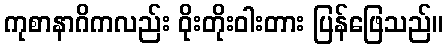
ကုစာနာဂိကလည်း ဝိုးတိုးဝါးတား ပြန်ဖြေသည်။